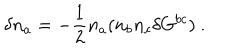
LaTeX: \delta n _ { a } = - \frac { 1 } { 2 } n _ { a } ( n _ { b } n _ { c } \delta G ^ { b c } ) ~ .